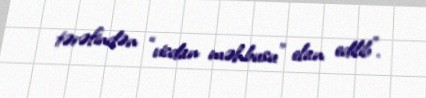
tərəfindən “vicdan məhbusu” elan edilib".